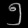
Digit: ၅